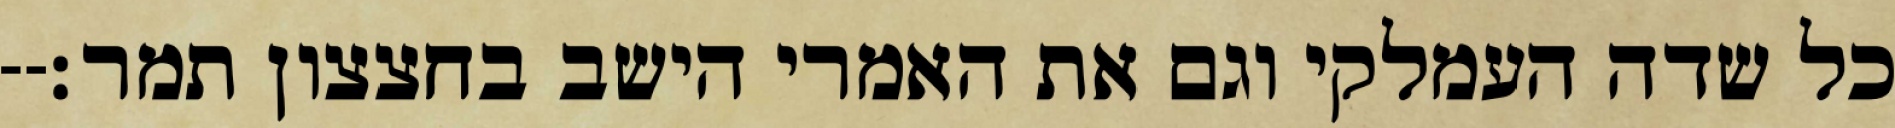
כל שדה העמלקי וגם את האמרי הישב בחצצון תמר׃--